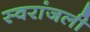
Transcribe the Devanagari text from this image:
स्वरांजली